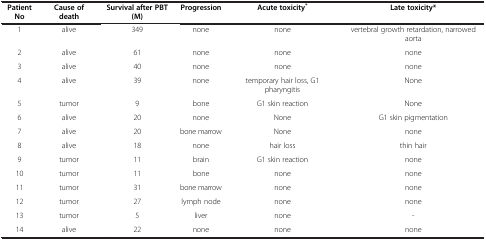
| Patient No | Cause of death | Survival after PBT (M) | Progression | Acute toxicity* | Late toxicity* |
 | --- | --- | --- | --- | --- | --- |
 | 1 | alive | 349 | none | none | vertebral growth retardation, narrowed aorta |
 | 2 | alive | 61 | none | none | none |
 | 3 | alive | 40 | none | none | none |
 | 4 | alive | 39 | none | temporary hair loss, G1 pharyngitis | None |
 | 5 | tumor | 9 | bone | G1 skin reaction | None |
 | 6 | alive | 20 | none | None | G1 skin pigmentation |
 | 7 | alive | 20 | bone marrow | None | none |
 | 8 | alive | 18 | none | hair loss | thin hair |
 | 9 | tumor | 11 | brain | G1 skin reaction | none |
 | 10 | tumor | 11 | bone | none | none |
 | 11 | tumor | 31 | bone marrow | none | none |
 | 12 | tumor | 27 | lymph node | none | none |
 | 13 | tumor | 5 | liver | none | - |
 | 14 | alive | 22 | none | none | none |